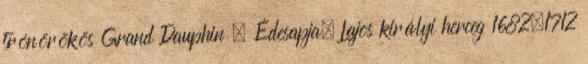
trónörökös Grand Dauphin . Édesapja, Lajos királyi herceg 1682–1712